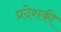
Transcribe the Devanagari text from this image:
प्रदेशकी